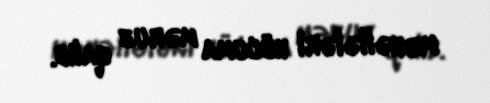
məhəllələri hücuma məruz qalıb.